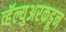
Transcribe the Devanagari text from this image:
व्हॅल्युअरकडून